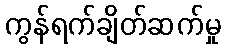
ကွန်ရက်ချိတ်ဆက်မှု